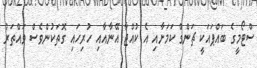
ސްޓޯމީގެ ބައްޕައަކީ ޗަންގް ކަމަށާއި އެ ކުއްޖާ އޭނާއާއި ހުރިހައި ގޮތަކުންވެސް ވައްތަރު